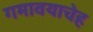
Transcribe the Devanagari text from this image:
गमावयाचेह